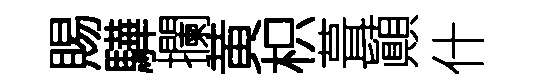
賜驊攔黄枳葺顚什